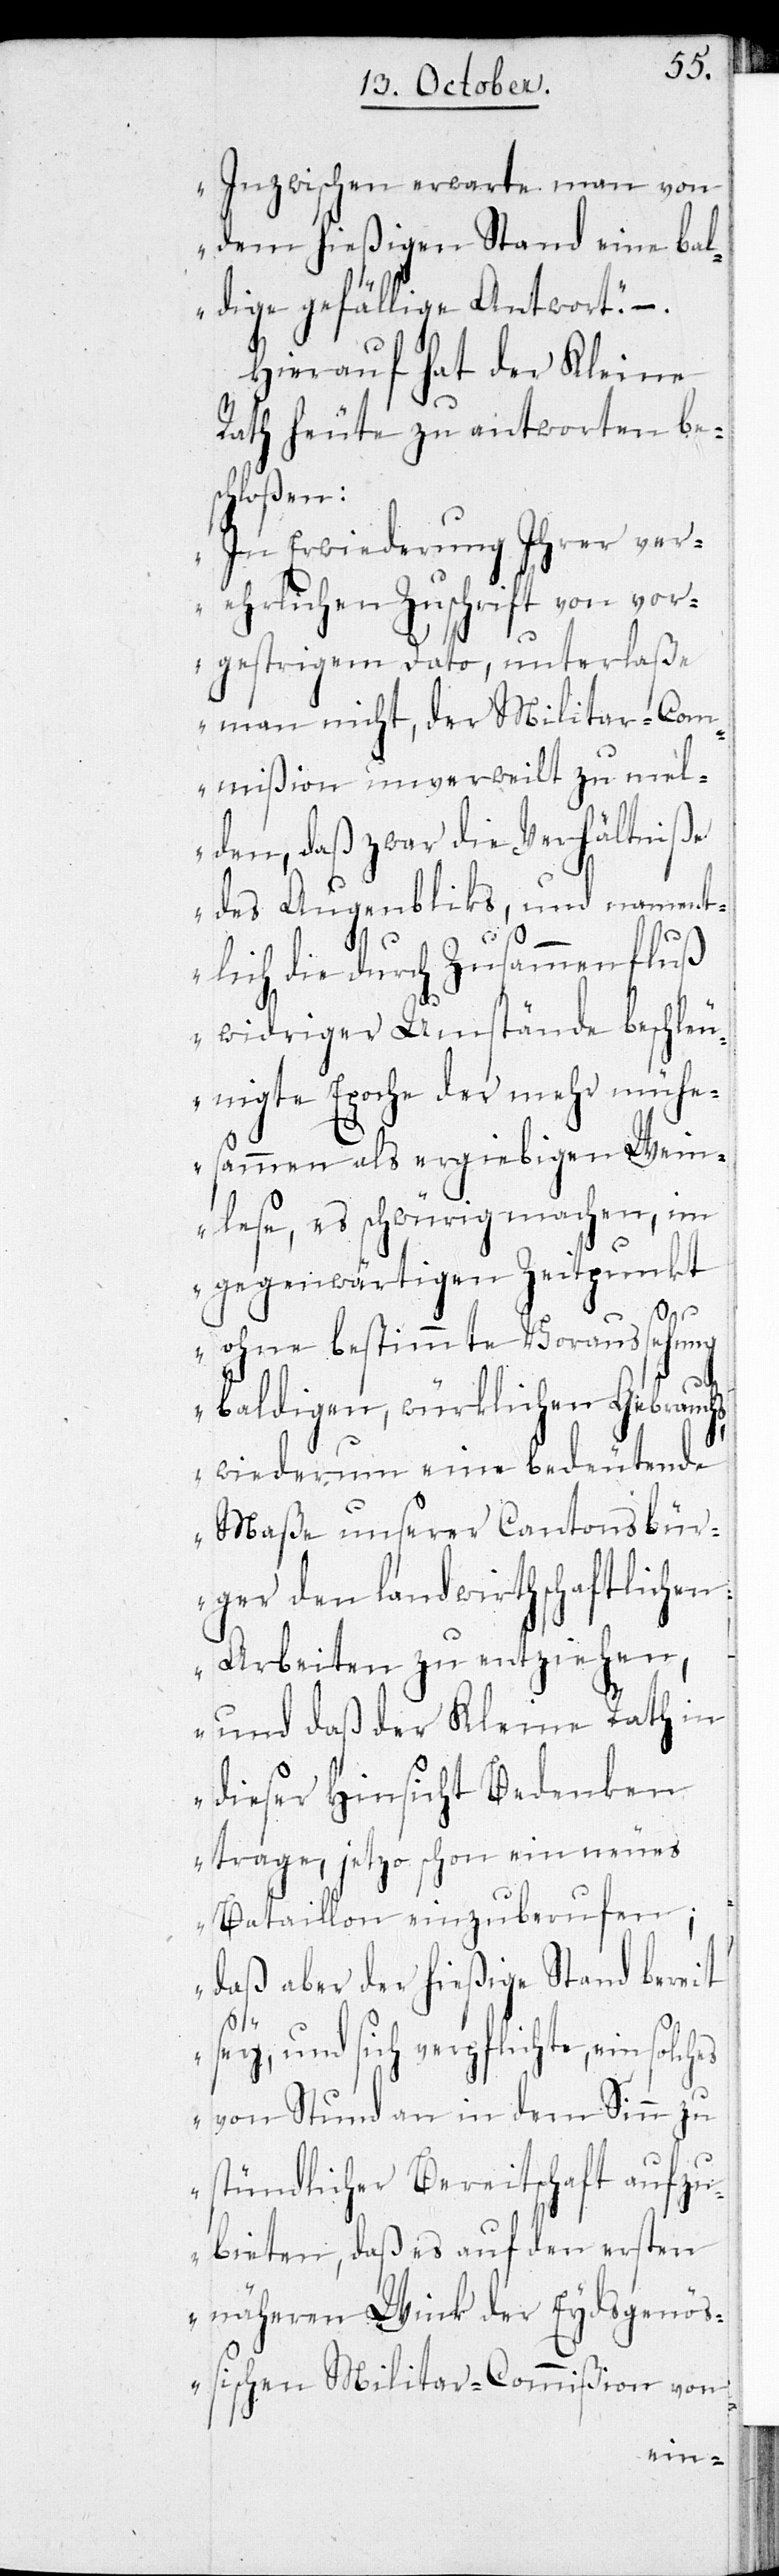
Inzwischen erwarte man von
dem hießigen Stand eine bal¬
dige gefällige Antwort.“ –.
Hierauf hat der Kleine
Rath heute zu antworten besc¬
hloßen:
„In Erwiederung Ihrer ver¬
ehrlichen Zuschrift von vor¬
gestrigem Dato, unterlaße
man nicht, der Militar-Com¬
mißion unverweilt zu mel¬
den, daß zwar die Verhältniße
des Augenblicks, und nament¬
lich die durch Zusammenfluß
widriger Umstände beschleu¬
nigte Epoche der mehr mühe¬
sammen als ergebigen Wein¬
lese, es schwürig machen, im
gegenwärtigen Zeitpunkt
ohne bestimmte Voraussehung
baldigen, würklichen Gebrauch¬
s, wiederum eine bedeutende
Maße unserer Cantonsbür¬
ger den landwirthschaftlichen
Arbeiten zu entziehen,
und daß der Kleine Rath in
dieser Hinsicht Bedenken
trage, jetzo schon ein neues
Bataillon einzuberufen;
daß aber der hießige Stand bereit
sey, und sich verpflichte, ein solch¬
es von Stund an in dem Sinn zu
stündlicher Bereitschaft aufzu¬
bieten, daß es auf den ersten
näheren Wink der Eydsgenöß¬
ischen Militar-Commißion von